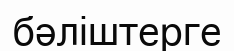
бәліштерге